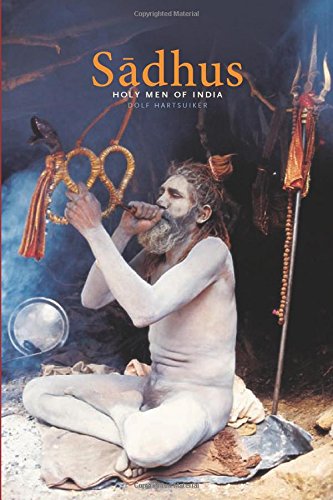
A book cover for Sadhus: Holy Men of India; Dolf Hartsuiker; Religion & Spirituality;